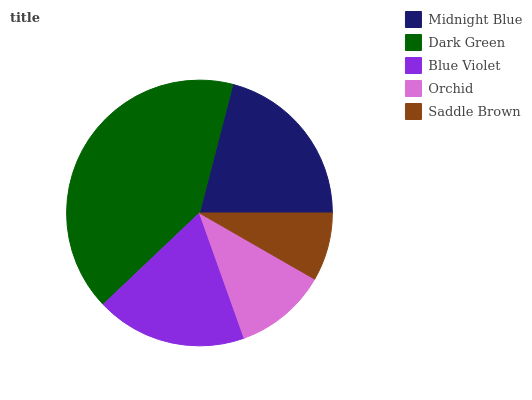
| Midnight Blue | Dark Green | Blue Violet | Orchid | Saddle Brown |
 | --- | --- | --- | --- | --- |
 | 21% | 41.1% | 18.3% | 11.3% | 8.3% |